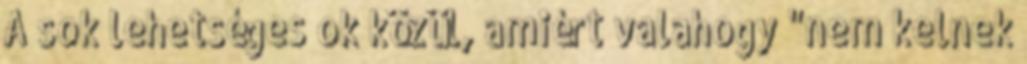
A sok lehetséges ok közül, amiért valahogy "nem kelnek